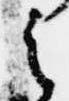
之